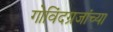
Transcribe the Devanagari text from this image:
गोविंदग्रजांच्या